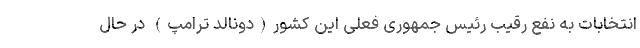
انتخابات به نفع رقیب رئیس جمهوری فعلی این کشور(دونالد ترامپ) در حال